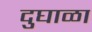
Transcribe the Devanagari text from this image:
दुघाळा